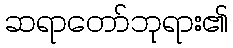
ဆရာတော်ဘုရား၏